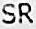
SR